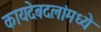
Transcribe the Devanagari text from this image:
कायदेबदलांमध्ये